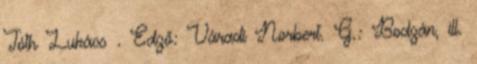
Tóth Lukács . Edző: Váradi Norbert. G.: Bodzán, ill.